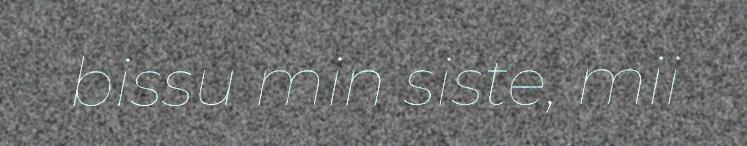
bissu min siste, mii